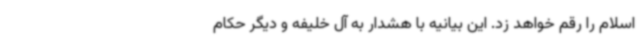
اسلام را رقم خواهد زد. این بیانیه با هشدار به آل خلیفه و دیگر حکام